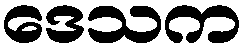
ဒေသက